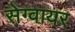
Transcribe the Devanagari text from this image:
सेग्वायर